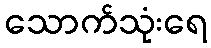
သောက်သုံးရေ